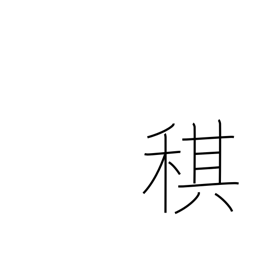
Meaning: one year